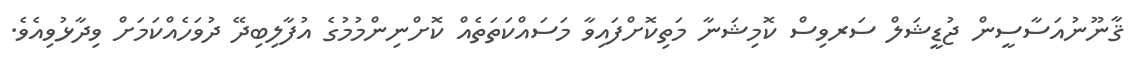
ޤާނޫނުއަސާސީން ޖުޑީޝަލް ސަރވިސް ކޮމިޝަނާ މަތިކޮށްފައިވާ މަސައްކަތަތެއް ކޮށްނިންމުމުގެ އުފާލިބިދޭ ދުވަހެއްކަމަށް ވިދާޅުވިއެވެ.